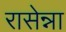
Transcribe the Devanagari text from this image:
रासेन्ना